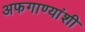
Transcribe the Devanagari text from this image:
अफगाण्यांशी